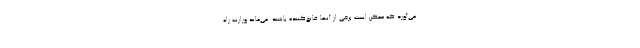
می‌آورد که ممکن است برخی از آنها قانع‌کننده باشند. می‌ماند وزارت راه